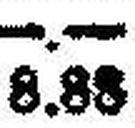
8.88